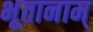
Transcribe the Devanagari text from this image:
भूतानाम्